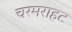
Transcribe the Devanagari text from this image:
चरमराहट